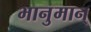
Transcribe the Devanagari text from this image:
भानुमान्